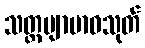
သတ္တဗျာဗာဓသုတ်